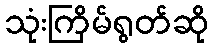
သုံးကြိမ်ရွတ်ဆို